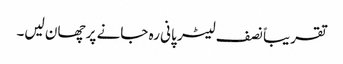
تقریباً نصف لیٹر پانی رہ جانے پر چھان لیں۔